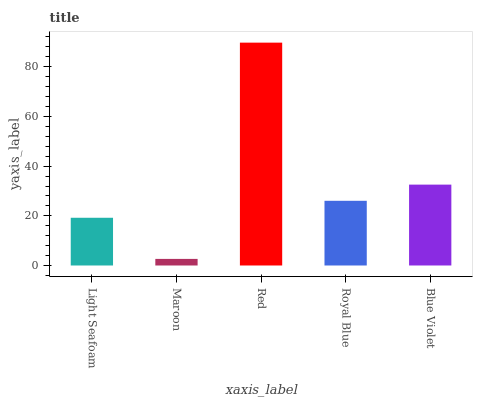
| xaxis_label | bars |
 | --- | --- |
 | Light Seafoam | 19.2 |
 | Maroon | 2.66 |
 | Red | 89.7 |
 | Royal Blue | 26 |
 | Blue Violet | 32.6 |